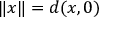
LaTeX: \lVert x \rVert = d ( x , 0 )